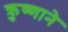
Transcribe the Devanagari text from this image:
क्रुष्णाने